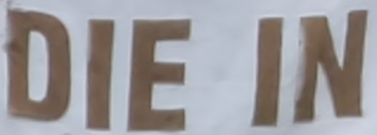
DIE IN